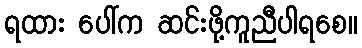
ရထား ပေါ်က ဆင်းဖို့ကူညီပါရစေ။